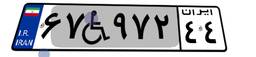
۶۷W۹۷۲۴۴